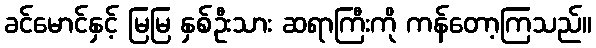
ခင်မောင်နှင့် မြမြ နှစ်ဦးသား ဆရာကြီးကို ကန်တော့ကြသည်။